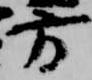
方